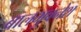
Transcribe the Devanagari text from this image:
बालभुवनेश